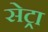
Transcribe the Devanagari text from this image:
सेट्रा